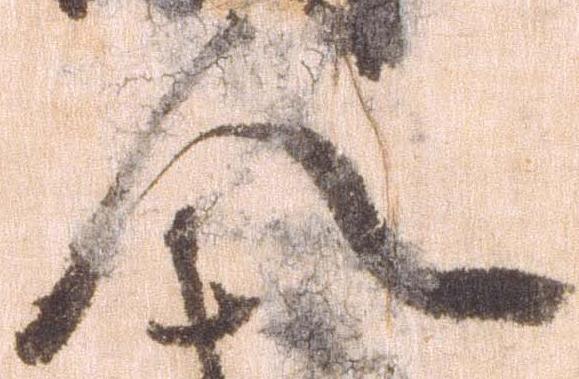
人